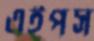
এইপস